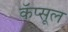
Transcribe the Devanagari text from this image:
कॅप्सूल